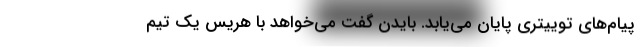
پیام‌های توییتری پایان می‌یابد. بایدن گفت می‌خواهد با هریس یک تیم